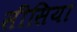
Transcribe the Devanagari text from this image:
सीसिया